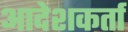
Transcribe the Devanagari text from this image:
आदेशकर्ता